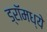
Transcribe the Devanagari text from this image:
ड्रॉमध्ये